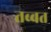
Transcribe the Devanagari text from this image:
तब्बत